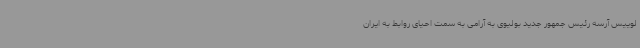
لوییس آرسه رئیس جمهور جدید بولیوی به آرامی به سمت احیای روابط به ایران